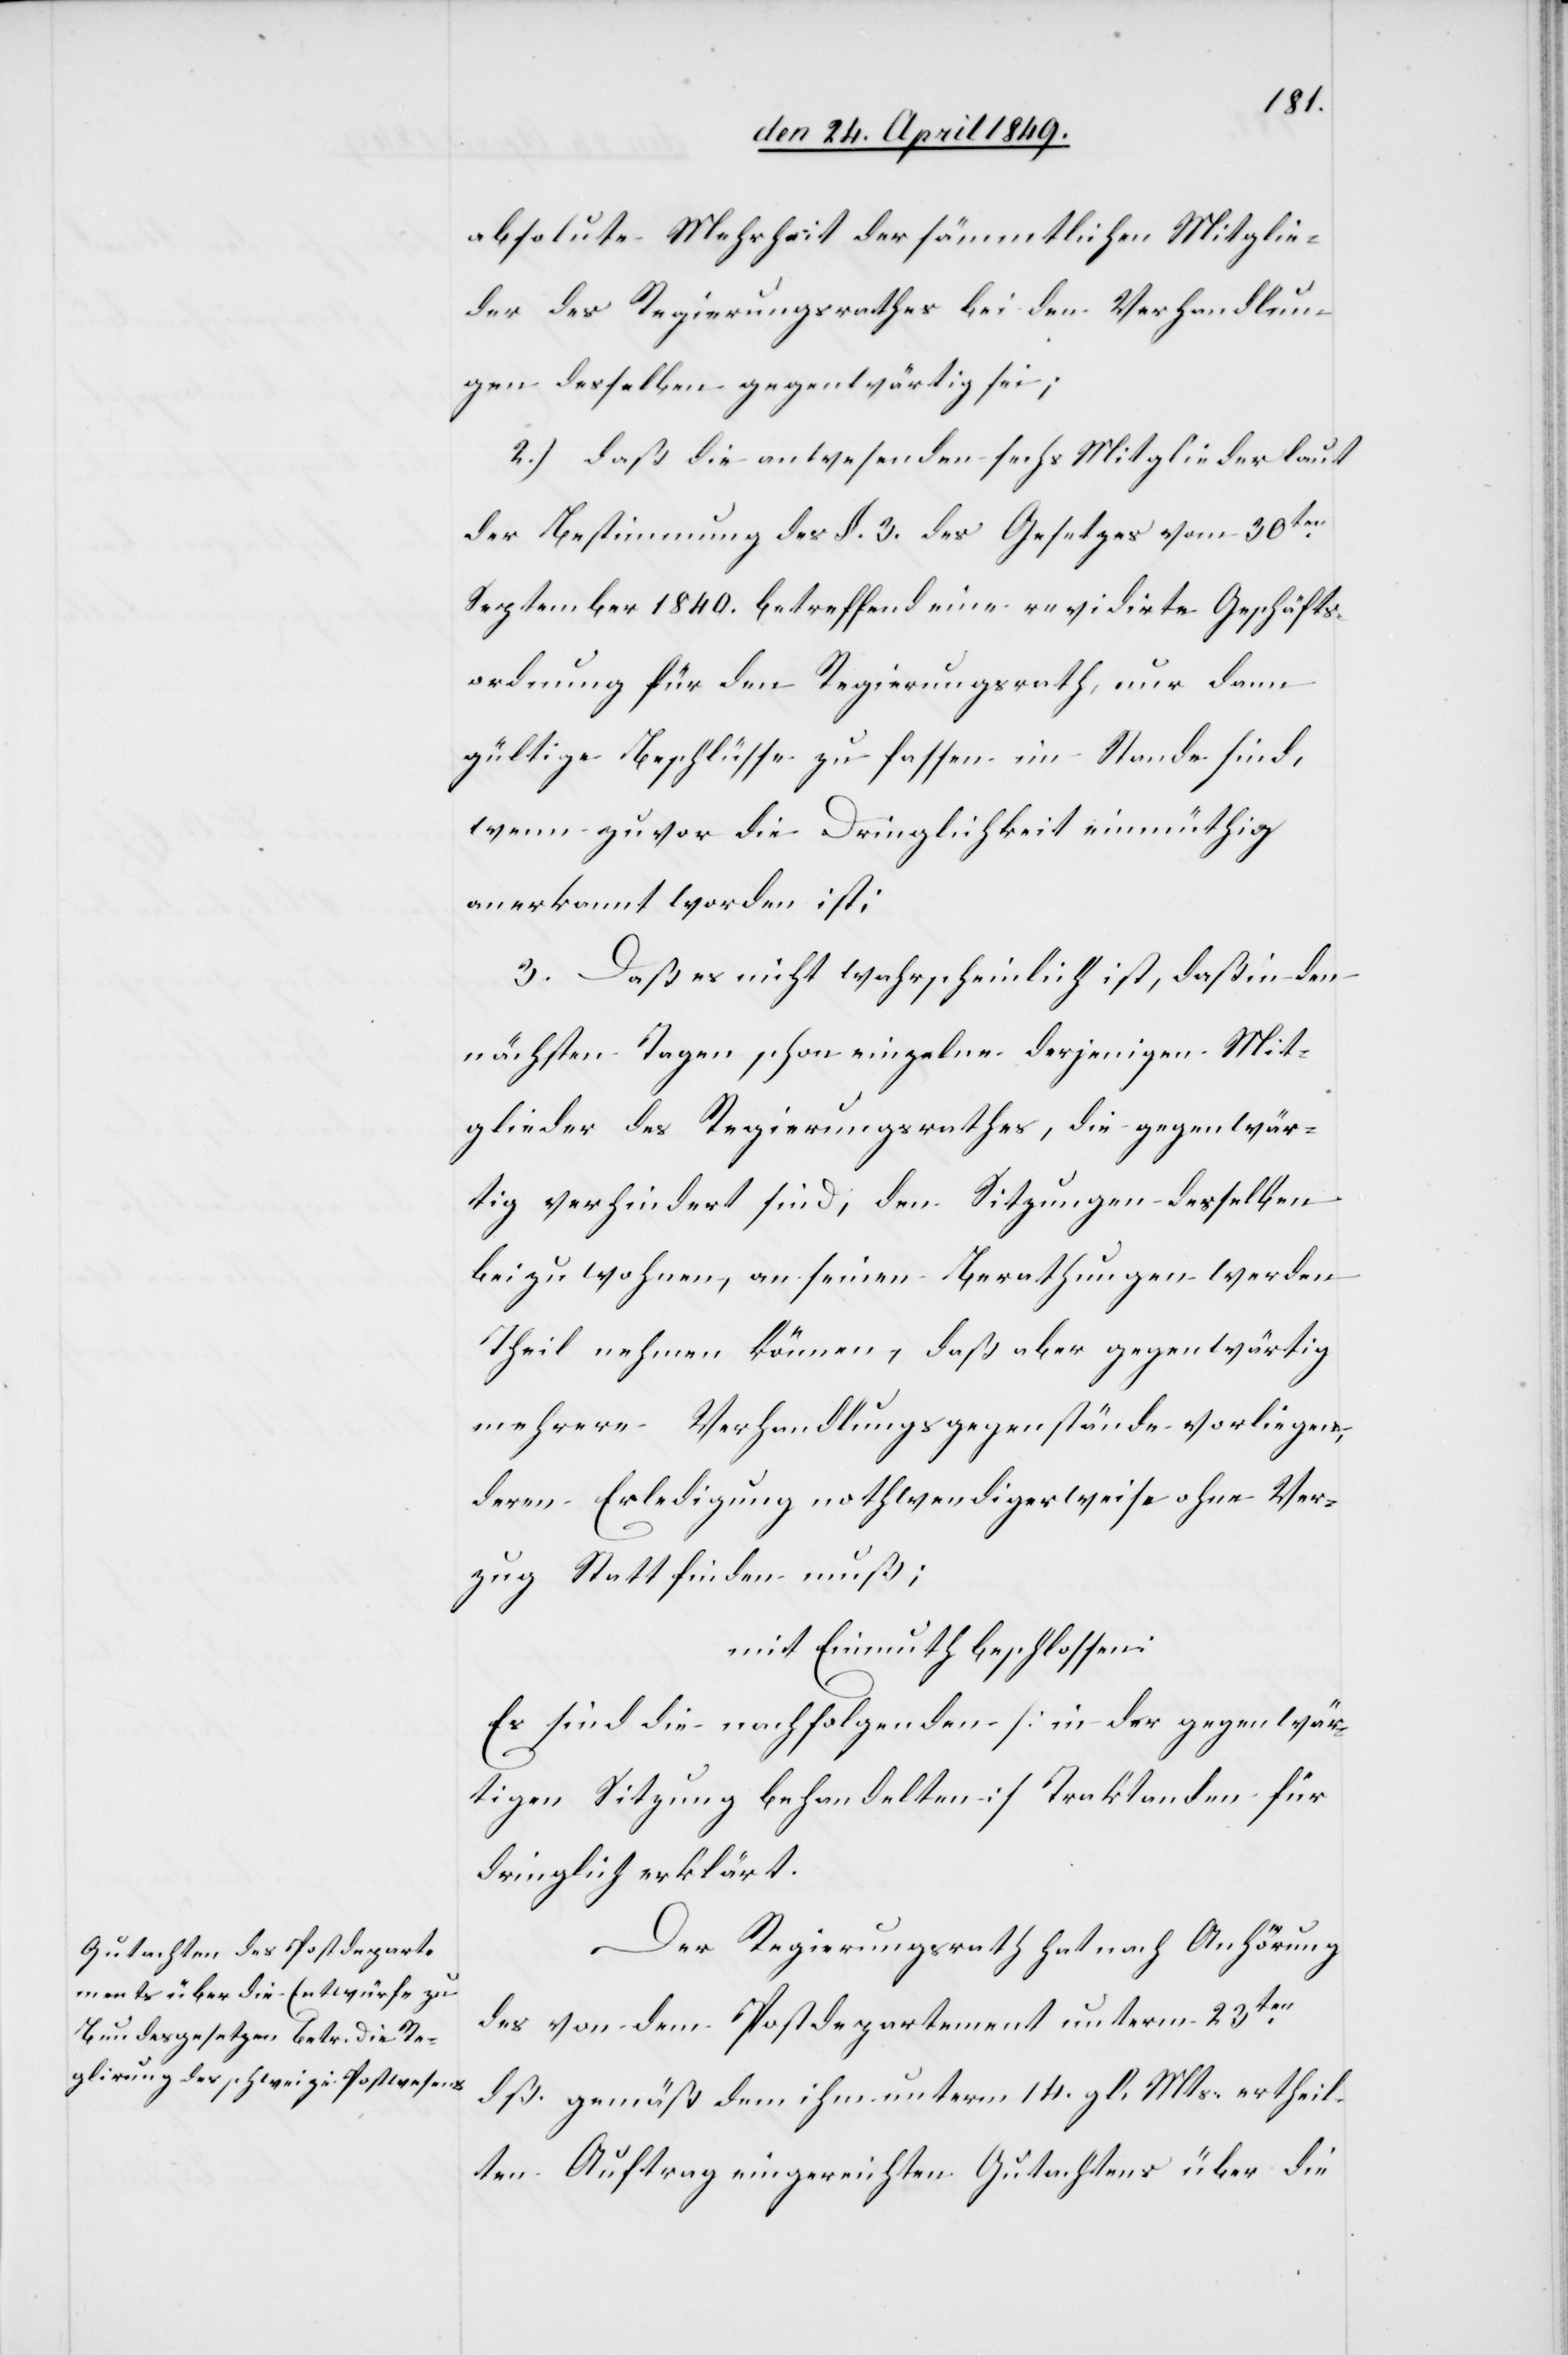
ordnung
absolute Mehrheit der sämmtlichen Mitglie¬
der des Regierungsrathes bei den Verhandlun¬
gen desselben gegenwärtig sei;
2.) daß die anwesenden sechs Mitglieder laut
der Bestimmung des §. 3. des Gesetzes vom 30ten
September 1840. betreffend eine revidirte Geschäfts¬
wenn zuvor die Dringlichkeit einmüthig
anerkannt worden ist:
3. Daß es nicht wahrscheinlich ist, daß in den
nächsten Tagen schon einzelne derjenigen Mit¬
glieder des Regierungsrathes, die gegenwär¬
tig verhindert sind, den Sitzungen desselben
beizuwohnen, an seinen Berathungen werden
Theil nehmen können, daß aber gegenwärtig
mehrere Verhandlungsgegenstände vorliegen,
deren Erledigung nothwendigerweise ohne Ver¬
zug Statt finden muß;
mit Einmuth beschlossen:
Es sind die nachfolgenden [in der gegenwär¬
tigen Sitzung behandelten] Traktanden für
dringlich erklärt.
Der Regierungsrath hat nach Anhörung
des von dem Postdepartement unterm 23ten
dß. gemäß dem ihm unterm 14. gl. Mts. ertheil¬
ten Auftrag eingereichten Gutachtens über die